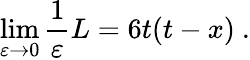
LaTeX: \operatorname*{lim}_{\varepsilon\to 0}{\frac{1}{\varepsilon}}L=6t(t-x)\ .